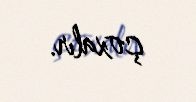
çoxalır.